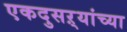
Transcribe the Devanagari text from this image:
एकदुसऱ्यांच्या